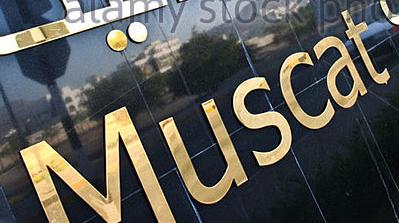
muscat